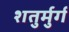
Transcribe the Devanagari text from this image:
शतुर्मुर्ग